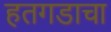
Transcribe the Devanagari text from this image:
हतगडाचा